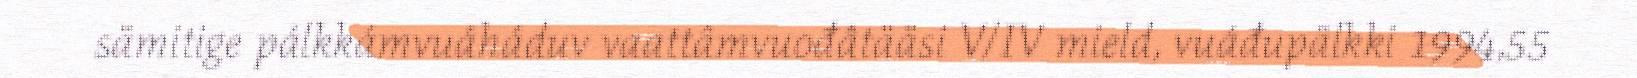
sämitige pálkkámvuáháduv vaattâmvuođâtääsi V/IV mield, vuáđupälkki 1994,55